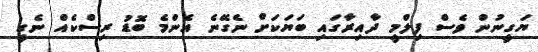
ޔަގީނުން ވެސް ފިލްމީ ދާއިރާގައި ބަޔަކަށް ނެގޭނެ އެންމެ ބޮޑު ރިސްކެއް ނެގީ